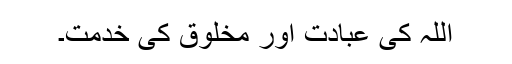
اللہ کی عبادت اور مخلوق کی خدمت۔